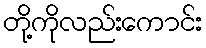
တို့ကိုလည်းကောင်း